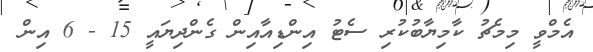
އެމްވީ މިމެޗު ކާމިޔާބުކުރި ސެޓު އިންޑިއާއިން ގެންދިޔައީ 15 - 6 އިން